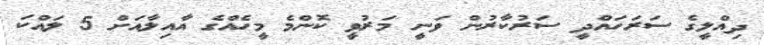
ދިއްލީގެ ސަރަހައްދީ ސަރުކާރުން ވަނީ މަރުވީ ކޮންމެ މީހެއްގެ އާއިލާއަށް 5 ލައްކަ